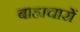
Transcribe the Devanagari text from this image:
बाह्यचारों